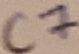
Text: C7